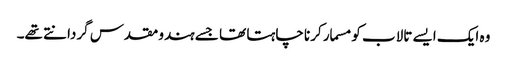
وہ ایک ایسے تالاب کو مسمار کرنا چاہتا تھا جسے ہندو مقدس گردانتے تھے۔